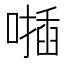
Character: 𠿂